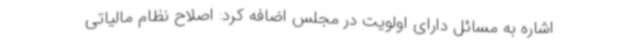
اشاره به مسائل دارای اولویت در مجلس اضافه کرد: اصلاح نظام مالیاتی